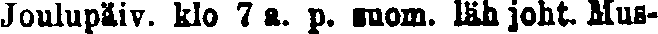
Joulupäiv. klo 7 a. p. suom. läh joht. Mus-